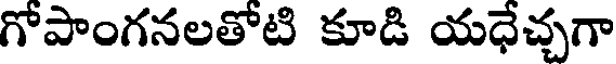
గోపాంగనలతోటి కూడి యధేచ్చగా